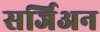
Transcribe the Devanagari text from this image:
सर्जिअन